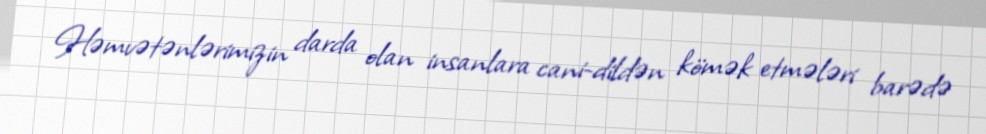
Həmvətənlərimizin darda olan insanlara cani-dildən kömək etmələri barədə